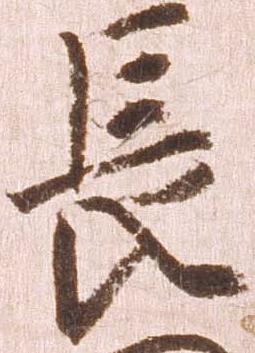
長